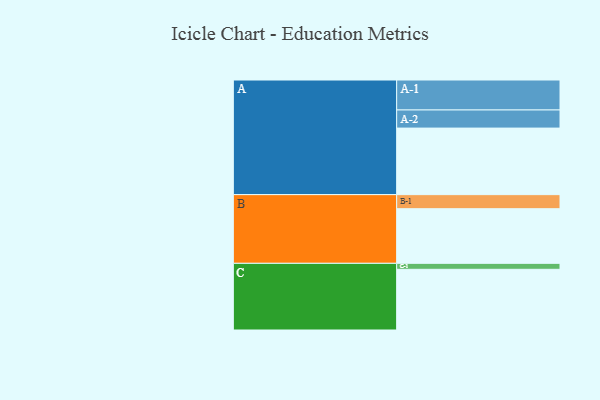
{"axis": {"x": "Segment", "y": "Value"}, "legend": ["", "A", "B", "C"], "data": [{"x": "A", "y": 591, "type": ""}, {"x": "B", "y": 485, "type": ""}, {"x": "C", "y": 539, "type": ""}, {"x": "A-1", "y": 266, "type": "A"}, {"x": "A-2", "y": 161, "type": "A"}, {"x": "B-1", "y": 125, "type": "B"}, {"x": "C-1", "y": 53, "type": "C"}]}